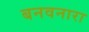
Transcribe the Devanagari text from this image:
बनवनारा